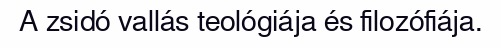
A zsidó vallás teológiája és filozófiája.